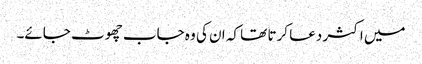
میں اکثر دعا کرتا تھا کہ ان کی وہ جاب چھوٹ جائے۔